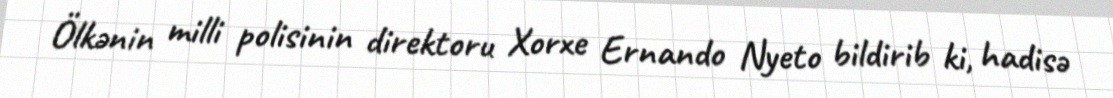
Ölkənin milli polisinin direktoru Xorxe Ernando Nyeto bildirib ki, hadisə